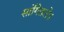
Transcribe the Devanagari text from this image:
सांगितले।